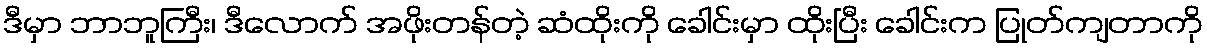
ဒီမှာ ဘာဘူကြီး၊ ဒီလောက် အဖိုးတန်တဲ့ ဆံထိုးကို ခေါင်းမှာ ထိုးပြီး ခေါင်းက ပြုတ်ကျတာကို